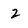
Character: 2